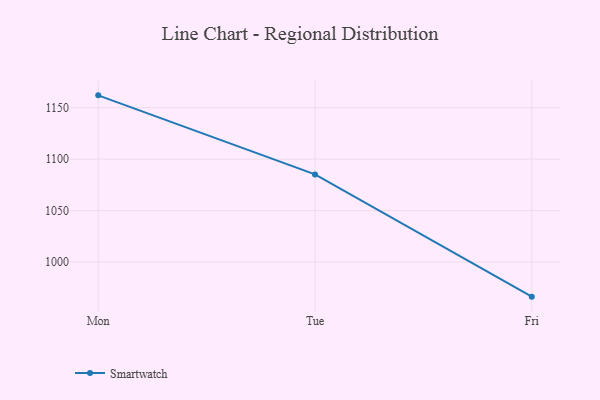
{"axis": {"x": "Day", "y": "Bounce Rate (%)"}, "legend": ["Smartwatch"], "data": [{"x": "Mon", "y": 1162.0, "type": "Smartwatch"}, {"x": "Tue", "y": 1085.2, "type": "Smartwatch"}, {"x": "Fri", "y": 966.4, "type": "Smartwatch"}]}